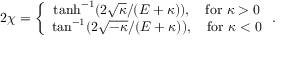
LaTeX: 2 \chi = \left\{ \begin{array} { c } { { \operatorname { t a n h } ^ { - 1 } ( 2 \sqrt { \kappa } / ( { \cal E } + \kappa ) ) , \quad \mathrm { f o r ~ } \kappa > 0 } } \\ { { \tan ^ { - 1 } ( 2 \sqrt { - \kappa } / ( { \cal E } + \kappa ) ) , \quad \mathrm { f o r ~ } \kappa < 0 } } \end{array} \right. .